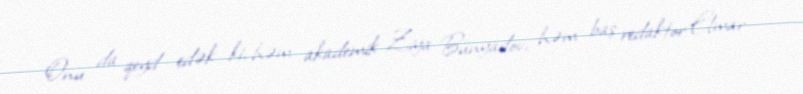
Onu da qeyd edək ki, həm akademik Ziya Bünyadov, həm baş redaktor Elmar